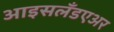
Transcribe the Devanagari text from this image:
आइसलँडएअर